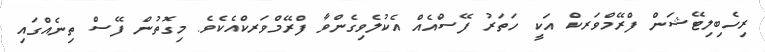
ރިހެބިލިޓޭޝަން ފްރޭމްވަރކް އަކީ ހަތަރު ފޭސްއެއް އެކުލެވިގެންވާ ފްރޭމްވަރކްއެކެވެ. މިގޮތުން ފޭސް ތިނެއްގައި